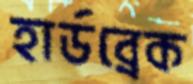
হার্ডব্রেক